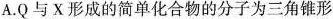
A.Q与X形成的简单化合物的分子为三角锥形